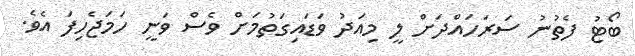
ބޯޓު ފެތުނު ސަރަހައްދަށް ލީ މިއަދު ވަޑައިގަތުމަށް ވެސް ވަނީ ހަމަޖެހިފަ އެވެ.